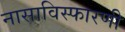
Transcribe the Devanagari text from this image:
नासाविस्फारणी